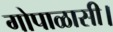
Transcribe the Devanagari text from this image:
गोपाळासी।